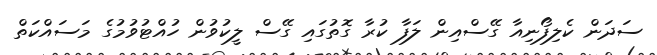
ސަދަން ކެލިފޯނިއާ ގޭސްއިން ލަފާ ކުރާ ގޮތުގައި ގޭސް ލީކުވުން ހުއްޓުވުމުގެ މަސައްކަތް